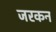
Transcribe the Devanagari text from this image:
जरकन